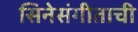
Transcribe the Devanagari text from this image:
सिनेसंगीताची